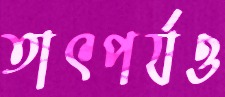
তাৎপর্যও